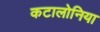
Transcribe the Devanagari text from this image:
कटालोनिया